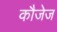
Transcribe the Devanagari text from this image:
कौजेज